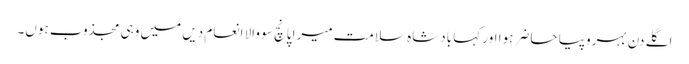
اگلے دن بہروپیا حاضر ہوا اور کہا بادشاہ سلامت میرا پانچ سو والا انعام دیں میں وہی مجذوب ہوں۔